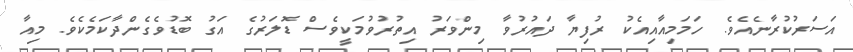
އަސަރުކުރާނެއެވެ. ހަމަމިއާއިއެކު ރުފިޔާ ދައުރުވާ މިންވަރު އިތުރުވުމަކީވެސް ޑޮލަރުގެ އަގު ބޮޑުވެގެންދާކަމެކެވެ. މިއާ